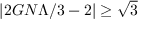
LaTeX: \left| 2 G N \Lambda / 3 - 2 \right| \geq \sqrt { 3 }